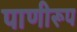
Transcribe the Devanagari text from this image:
पाणीरूप